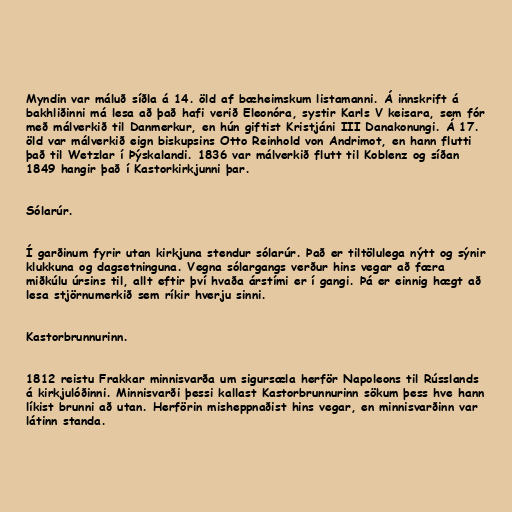
Myndin var máluð síðla á 14. öld af bæheimskum listamanni. Á innskrift á
bakhliðinni má lesa að það hafi verið Eleonóra, systir Karls V keisara, sem fór
með málverkið til Danmerkur, en hún giftist Kristjáni III Danakonungi. Á 17.
öld var málverkið eign biskupsins Otto Reinhold von Andrimot, en hann flutti
það til Wetzlar í Þýskalandi. 1836 var málverkið flutt til Koblenz og síðan
1849 hangir það í Kastorkirkjunni þar.

Sólarúr.

Í garðinum fyrir utan kirkjuna stendur sólarúr. Það er tiltölulega nýtt og sýnir
klukkuna og dagsetninguna. Vegna sólargangs verður hins vegar að færa
miðkúlu úrsins til, allt eftir því hvaða árstími er í gangi. Þá er einnig hægt að
lesa stjörnumerkið sem ríkir hverju sinni.

Kastorbrunnurinn.

1812 reistu Frakkar minnisvarða um sigursæla herför Napoleons til Rússlands
á kirkjulóðinni. Minnisvarði þessi kallast Kastorbrunnurinn sökum þess hve hann
líkist brunni að utan. Herförin misheppnaðist hins vegar, en minnisvarðinn var
látinn standa.